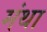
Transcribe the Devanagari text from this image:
मंथा